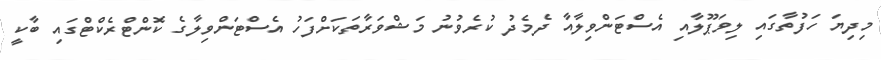
މިދިޔަ ހަފުތާގައި ލިވަޕޫލާއި އެސްޓަންވިލާއާ ދެމެދު ކުރެވުނު މަޝްވަރާތަކަށްފަހު އެސްޓަންވިލާގެ ކޮންޓްރެކްޓްގައި ބާކީ